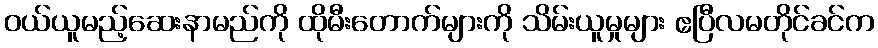
ဝယ်ယူမည့်ဆေးနာမည်ကို ထိုမီးတောက်များကို သိမ်းယူမှုများ ဧပြီလမတိုင်ခင်က